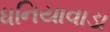
ધનિયાવાડા